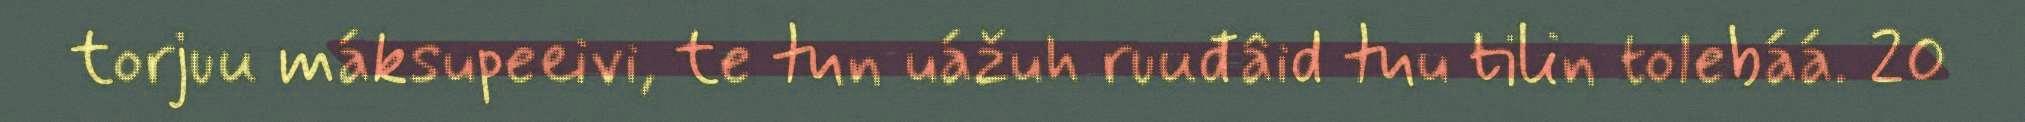
torjuu máksupeeivi, te tun uážuh ruuđâid tuu tilin tolebáá. 20